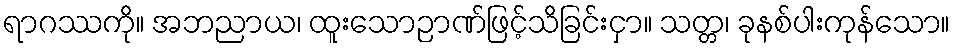
ရာဂဿကို။ အဘညာယ၊ ထူးသောဉာဏ်ဖြင့်သိခြင်းငှာ။ သတ္တ၊ ခုနစ်ပါးကုန်သော။